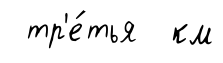
тр'е́тья км